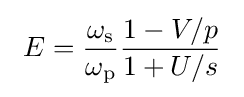
~E={\frac {\omega _{\rm {s}}}{\omega _{\rm {p}}}}{\frac {1-V/p}{1+U/s}}~